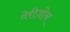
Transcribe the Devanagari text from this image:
वेरीज़ोन